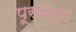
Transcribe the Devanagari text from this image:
पूसवरून